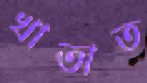
খাতাত